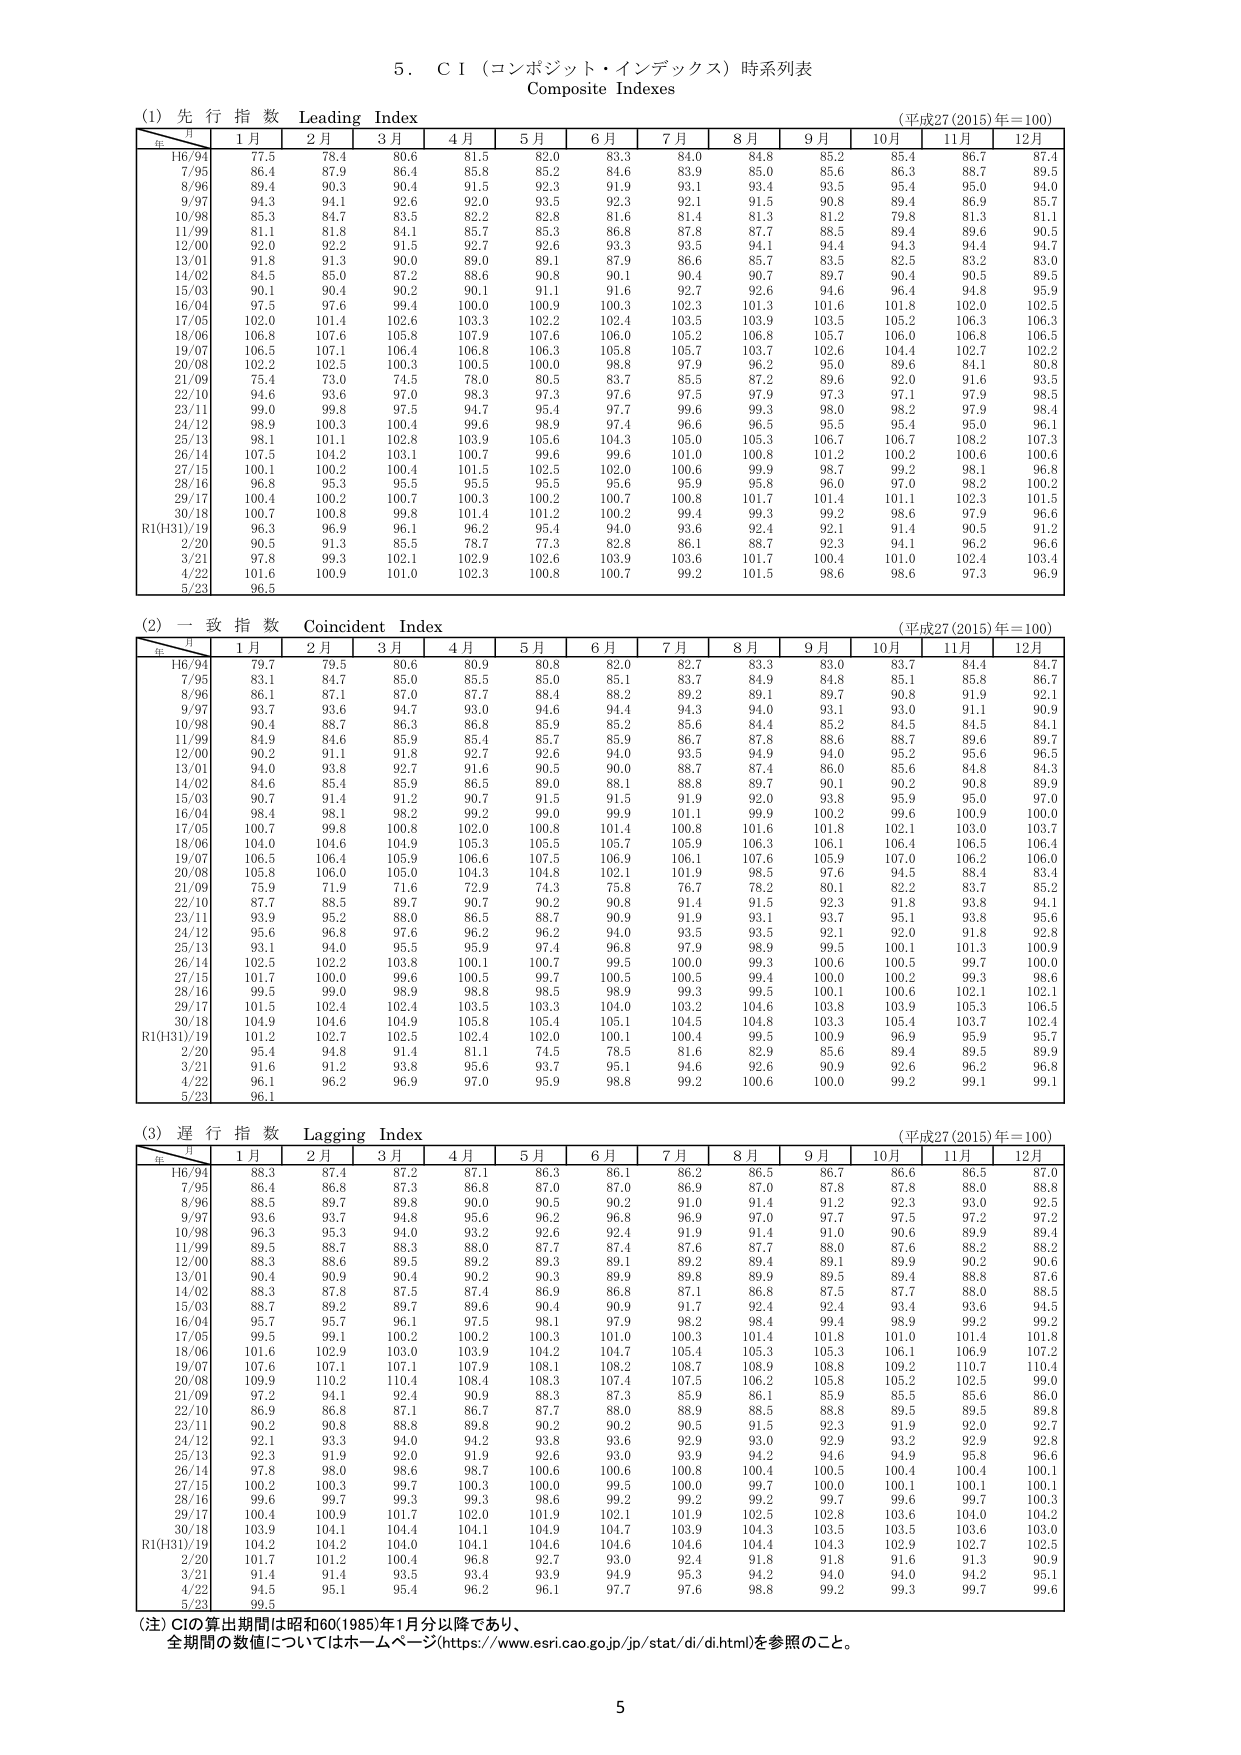
5. CI（コンポジット・インデックス）時系列表
Composite Indexes

(1) 先行指数 Leading Index
（平成27(2015)年=100）
年 月 1月 2月 3月 4月 5月 6月 7月 8月 9月 10月 11月 12月
H6/94 77.5 78.4 80.6 81.5 82.0 83.3 84.0 84.8 85.2 85.4 86.7 87.4
7/95 86.4 87.9 86.4 85.8 85.2 84.6 83.9 85.0 85.6 86.3 88.7 89.5
8/96 89.4 90.3 90.4 91.5 92.3 91.9 93.1 93.4 93.5 95.4 95.0 94.0
9/97 94.3 94.1 92.6 92.0 93.5 92.3 92.1 91.5 90.8 89.4 86.9 85.7
10/98 85.3 84.7 83.5 82.2 82.8 81.6 81.4 81.3 81.2 79.8 81.3 81.1
11/99 81.1 81.8 84.1 85.7 85.3 86.8 87.8 87.7 88.5 89.4 89.6 90.5
12/00 92.0 92.2 91.5 92.7 92.6 93.3 93.5 94.1 94.4 94.3 94.4 94.7
13/01 91.8 91.3 90.0 89.0 89.1 87.9 86.6 85.7 83.5 82.5 83.2 83.0
14/02 84.5 85.0 87.2 88.6 90.8 90.1 90.4 90.7 89.7 90.4 90.5 89.5
15/03 90.1 90.4 90.2 90.1 91.1 91.6 92.7 92.6 94.6 96.4 94.8 95.9
16/04 97.5 97.6 99.4 100.0 100.9 100.3 102.3 101.3 101.6 101.8 102.0 102.5
17/05 102.0 101.4 102.6 103.3 102.2 102.4 103.5 103.9 103.5 105.2 106.3 106.3
18/06 106.8 107.6 105.8 107.9 107.6 106.0 105.2 106.8 105.7 106.0 106.8 106.5
19/07 106.5 107.1 106.4 106.3 105.8 105.3 105.7 103.7 102.6 101.4 102.7 102.2
20/08 102.2 102.5 100.3 100.5 100.0 98.8 97.9 96.2 95.0 89.6 84.1 80.8
21/09 75.4 73.0 74.5 78.0 80.5 83.7 85.5 87.2 89.6 92.0 91.6 93.5
22/10 94.6 93.6 97.0 98.3 97.3 97.6 97.5 97.9 97.3 97.1 97.9 98.5
23/11 99.0 99.8 97.5 94.7 95.4 97.7 99.6 99.3 98.0 98.2 97.9 98.4
24/12 98.9 100.3 100.4 99.6 98.9 97.4 96.6 96.5 95.5 95.4 95.0 96.1
25/13 98.1 101.1 102.8 103.9 105.6 104.3 105.0 105.3 106.7 106.7 108.2 107.3
26/14 107.5 104.2 103.1 100.7 99.6 99.6 101.0 100.8 101.2 100.2 100.6 100.6
27/15 100.1 100.2 100.4 101.5 102.5 102.0 100.6 99.9 98.7 99.2 98.1 96.8
28/16 96.8 95.3 95.5 95.5 95.5 95.6 95.9 95.8 96.0 97.0 98.2 100.2
29/17 100.4 100.2 100.7 100.3 100.2 100.7 100.8 101.7 101.4 101.1 102.3 101.5
30/18 100.7 100.8 99.8 101.4 101.2 100.2 99.4 99.3 99.2 98.6 97.9 96.6
R1(31)/19 96.3 96.9 96.1 96.2 95.4 94.0 93.6 92.4 92.1 91.4 90.5 91.2
2/20 90.5 91.3 85.5 78.7 77.3 82.8 86.1 88.7 92.3 94.1 96.2 96.6
3/21 97.8 99.3 102.1 102.9 102.6 103.9 103.6 101.7 100.4 101.0 102.4 103.4
4/22 101.6 100.9 101.0 102.3 100.8 100.7 99.2 101.5 98.6 98.6 97.3 96.9
5/23 96.5

(2) 一致指数 Coincident Index
（平成27(2015)年=100）
年 月 1月 2月 3月 4月 5月 6月 7月 8月 9月 10月 11月 12月
H6/94 79.7 79.5 80.6 80.9 80.8 82.0 82.7 83.3 83.0 83.7 84.4 84.7
7/95 83.1 84.7 85.0 85.5 85.0 85.1 83.7 84.9 84.8 85.1 85.8 86.7
8/96 86.1 87.1 87.0 87.7 88.4 88.2 89.2 89.1 89.7 90.8 91.9 92.1
9/97 93.7 93.6 94.7 93.0 94.6 94.4 94.3 94.0 93.1 93.0 91.1 90.9
10/98 90.4 88.7 86.3 86.8 85.9 85.2 85.6 84.4 85.2 84.5 84.5 84.1
11/99 84.9 84.6 85.9 85.4 85.7 85.9 86.7 87.8 88.6 88.7 89.6 89.7
12/00 90.2 91.1 91.8 92.7 92.6 94.0 93.5 94.9 94.0 95.2 95.6 96.5
13/01 94.0 93.8 92.7 91.6 90.5 90.0 88.7 87.4 86.0 85.6 84.8 84.3
14/02 84.6 85.4 85.9 86.5 89.0 88.1 88.8 89.7 90.1 90.2 90.8 89.9
15/03 90.7 91.4 91.2 90.7 91.5 91.5 91.9 92.0 93.8 95.9 95.0 97.0
16/04 98.4 98.1 98.2 99.2 99.0 99.9 101.1 99.9 100.2 99.6 100.9 100.0
17/05 100.7 99.8 100.8 102.0 100.8 101.4 100.5 101.6 101.8 102.1 105.0 103.7
18/06 104.0 104.6 104.9 105.3 105.5 105.7 105.9 106.3 106.1 106.4 106.5 106.4
19/07 106.5 106.4 105.9 106.6 107.5 106.9 106.1 107.6 105.9 107.0 106.2 106.0
20/08 105.8 106.0 105.0 104.3 104.8 102.1 101.9 98.5 97.6 94.5 88.4 83.4
21/09 75.9 71.9 71.6 72.9 74.3 75.8 76.7 78.2 80.1 82.2 83.7 85.2
22/10 87.7 88.5 89.7 90.7 90.2 90.8 91.4 91.5 92.3 91.8 93.8 94.1
23/11 93.9 95.2 88.0 86.5 88.7 90.9 91.9 93.1 93.7 95.1 93.8 95.6
24/12 95.6 96.8 97.6 96.2 96.2 94.0 93.5 93.5 92.1 92.0 91.8 92.8
25/13 93.1 94.0 95.5 95.9 97.4 96.8 97.9 98.9 99.5 100.1 101.3 100.9
26/14 102.5 102.2 103.8 100.1 100.7 99.5 100.0 99.3 100.6 100.5 99.7 100.0
27/15 101.7 100.0 99.6 100.5 99.7 100.5 100.5 99.4 100.0 100.2 99.3 98.6
28/16 99.5 99.0 98.9 98.8 98.5 98.9 99.3 99.5 100.1 100.6 102.1 102.1
29/17 101.5 102.4 102.4 103.5 103.3 104.0 103.2 104.6 103.8 103.9 105.3 106.5
30/18 104.9 104.6 104.9 105.8 105.4 105.1 104.5 104.8 103.3 105.4 103.7 102.4
R1(31)/19 101.2 102.7 102.5 102.0 100.1 100.4 100.4 99.4 100.9 96.9 95.9 95.7
2/20 95.4 94.8 91.4 81.1 74.5 78.5 81.6 82.9 85.6 89.4 89.5 89.9
3/21 91.6 91.2 93.8 95.6 93.7 95.1 94.6 92.6 90.9 92.6 96.2 96.8
4/22 96.1 96.2 96.9 97.0 95.9 98.8 99.2 100.6 100.0 99.2 99.1 99.1
5/23 96.1

(3) 遅行指数 Lagging Index
（平成27(2015)年=100）
年 月 1月 2月 3月 4月 5月 6月 7月 8月 9月 10月 11月 12月
H6/94 88.3 87.4 87.2 87.1 86.3 86.1 86.2 86.5 86.7 86.6 86.5 87.0
7/95 86.4 86.8 87.3 86.8 87.0 87.0 86.9 87.0 87.8 87.8 88.0 88.8
8/96 88.5 89.7 89.8 90.0 90.5 90.2 91.0 91.4 91.2 92.3 93.0 92.5
9/97 93.6 93.7 94.8 95.6 96.2 96.8 96.9 97.0 97.7 97.5 97.2 97.2
10/98 96.3 95.3 94.0 93.2 92.6 92.4 91.9 91.4 91.0 90.6 89.9 89.4
11/99 89.5 88.7 88.3 88.0 87.7 87.4 87.6 87.7 88.0 87.6 88.2 88.2
12/00 88.3 88.6 89.5 89.2 89.3 89.1 89.2 89.4 89.1 89.9 90.2 90.6
13/01 90.4 90.9 90.4 90.2 90.3 89.9 89.8 89.9 89.5 89.4 88.8 87.6
14/02 88.3 87.8 87.5 87.4 86.9 86.8 87.1 86.5 87.5 87.7 88.0 88.5
15/03 88.7 89.2 89.7 89.6 90.4 90.9 91.7 92.4 92.4 93.4 93.6 94.5
16/04 95.7 95.7 96.1 97.5 98.1 97.9 98.2 98.4 99.4 98.9 99.2 99.2
17/05 99.5 99.1 100.2 100.2 100.3 101.0 100.3 101.4 101.8 101.0 101.4 101.8
18/06 101.6 102.9 103.0 103.9 104.2 104.7 105.4 105.3 105.3 106.1 106.9 107.2
19/07 107.6 107.1 107.1 107.9 108.1 108.2 108.7 108.9 108.8 109.2 110.7 110.4
20/08 109.9 110.2 110.4 108.4 108.3 107.4 107.5 106.2 105.8 105.2 102.5 99.0
21/09 97.2 94.1 92.4 90.9 88.3 87.3 85.9 86.1 85.9 85.5 85.6 86.0
22/10 86.9 86.8 87.1 86.7 87.7 88.0 88.9 88.5 88.8 89.5 89.5 89.8
23/11 90.2 90.8 88.8 89.8 90.2 90.2 90.5 91.5 92.3 91.9 92.0 92.7
24/12 92.1 93.3 94.0 94.2 93.8 93.6 92.9 93.0 92.9 93.2 92.9 92.8
25/13 92.3 91.9 92.0 91.9 92.6 93.0 93.9 94.2 94.6 94.9 95.8 96.6
26/14 97.8 98.0 98.6 98.7 100.6 100.6 100.8 100.4 100.5 100.4 100.4 100.1
27/15 100.2 100.3 99.7 100.3 100.0 99.5 100.0 99.7 100.0 100.1 100.1 100.1
28/16 99.6 99.7 99.3 99.3 98.6 99.2 99.2 99.2 99.7 99.6 99.7 100.3
29/17 100.4 100.9 101.7 102.0 101.9 102.1 101.9 102.5 102.8 103.6 104.0 104.2
30/18 103.9 104.1 104.4 104.1 104.9 104.7 103.9 104.3 103.5 103.5 103.6 103.0
R1(31)/19 104.2 104.2 104.0 104.1 104.6 104.6 104.6 104.4 104.3 102.9 102.7 102.5
2/20 101.7 101.2 100.4 96.8 92.7 93.0 92.4 91.8 91.8 91.6 91.3 90.9
3/21 91.4 91.4 93.5 93.4 93.9 94.9 95.3 94.2 94.0 94.0 94.2 95.1
4/22 94.5 95.1 95.4 96.2 96.1 97.7 97.6 98.8 99.2 99.3 99.7 99.6
5/23 99.5

（注）CIの算出期間は昭和60(1985)年1月分以降であり、
全期間の数値についてはホームページ(https://www.esri.cao.go.jp/jp/stat/di/di.html)を参照のこと。

5